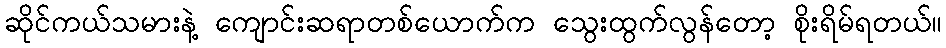
ဆိုင်ကယ်သမားနဲ့ ကျောင်းဆရာတစ်ယောက်က သွေးထွက်လွန်တော့ စိုးရိမ်ရတယ်။